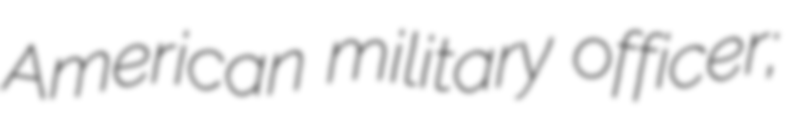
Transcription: American military officer;